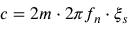
c = 2 m \cdot 2 \pi f _ { n } \cdot \xi _ { s }